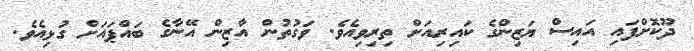
ދޫކޮށްފައި އައިސް ޔަޒިންގެ ކައިރިއަށް ތިރިވިއެވެ. ވަގުތުން އާޒިން އޭނާގެ ބައްޕައަށް ގުޅިއެވެ.